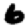
Digit: 6